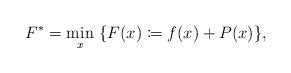
LaTeX: \begin{align*}F^*=\min_{x} \ \{F(x)\coloneqq f(x)+ P(x)\}, \end{align*}